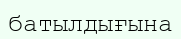
батылдығына